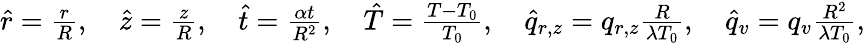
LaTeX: \begin{array}{r}{\hat{r}=\frac{r}{R},\quad\hat{z}=\frac{z}{R},\quad\hat{t}=\frac{\alpha t}{R^{2}},\quad\hat{T}=\frac{T-T_{0}}{T_{0}},\quad\hat{q}_{r,z}=q_{r,z}\frac{R}{\lambda T_{0}},\quad\hat{q}_{v}=q_{v}\frac{R^{2}}{\lambda T_{0}},}\end{array}